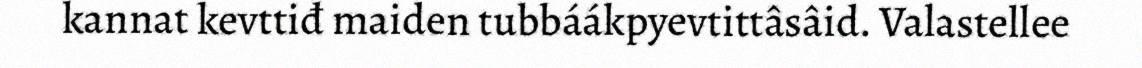
kannat kevttiđ maiden tubbáákpyevtittâsâid. Valastellee